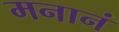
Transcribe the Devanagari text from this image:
मनानं